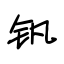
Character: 钒